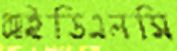
আইডিএলসি